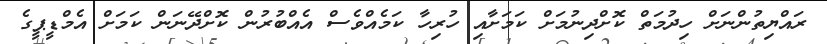
ރައްޔިތުންނަށް ހިދުމަތް ކޮށްދިނުމަށް ކަމަށާއި ހުރިހާ ކަމެއްވެސް އެއްބުރުން ކޮށްދޭނަން ކަމަށް އެމްޑީޕީގެ